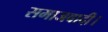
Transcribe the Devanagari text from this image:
समाजवादी।